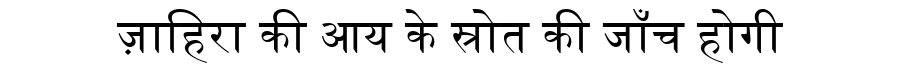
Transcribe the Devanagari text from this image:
ज़ाहिरा की आय के स्रोत की जाँच होगी